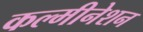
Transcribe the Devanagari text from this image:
कल्मीनेशन